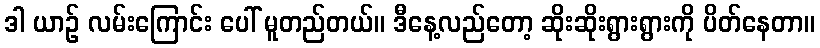
ဒါ ယာဉ် လမ်းကြောင်း ပေါ် မူတည်တယ်။ ဒီနေ့လည်တော့ ဆိုးဆိုးရွားရွားကို ပိတ်နေတာ။